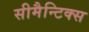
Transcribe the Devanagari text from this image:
सीमैन्टिक्स